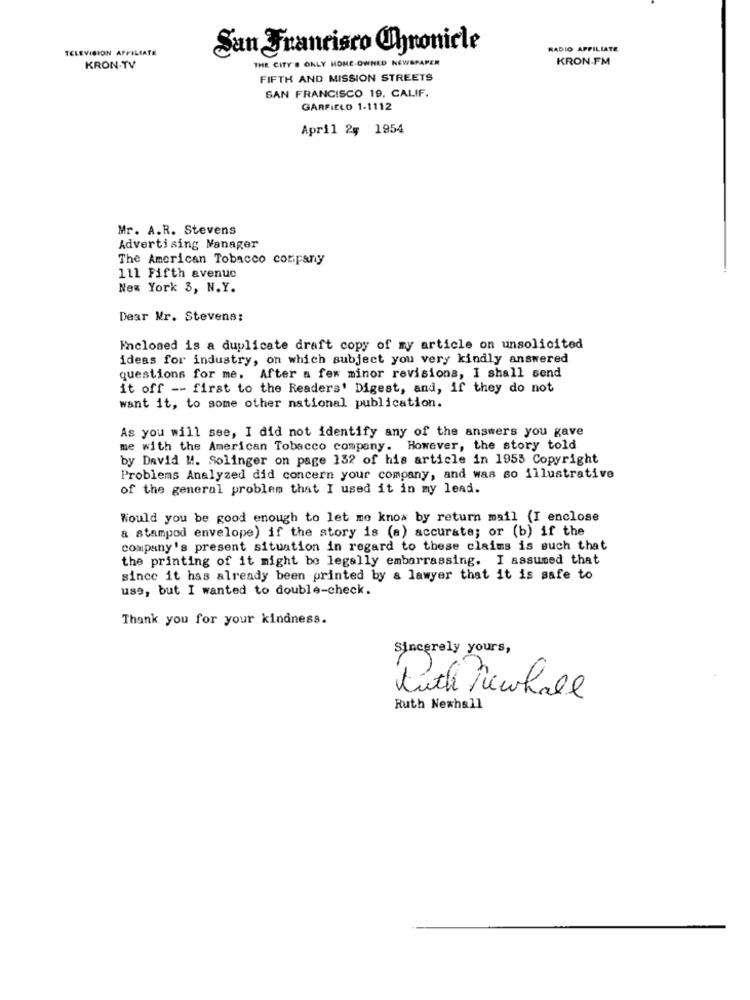
TELEVISION AFFILIATE
San Francisco Chronicle
RADIO AFFILIATE
THE CITY . ONLY HOME-OWNED NEWSPAPER
KRON-FM
KRON-TV
FIFTH AND MISSION STREETS
SAN FRANCISCO 19. CALIF.
GARFIELD 1-1112
April 2ş 1954
Mr. A.R. Stevens
Advertising Manager
The American Tobacco company
111 Fifth avenue
New York 3, N.Y.
Dear Mr. Stevens:
Enclosed is a duplicate draft copy of my article on unsolicited
ideas for industry, on which subject you very kindly answered
questions for me. After a few minor revisions, I shall send
it off -- first to the Readers' Digest, and, if they do not
want it, to some other national publication.
As you will see, I did not identify any of the answers you gave
me with the American Tobacco company. However, the story told
by David M. Solinger on page 132 of his article in 1955 Copyright
Problems Analyzed did concern your company, and was so illustrative
of the general problem that I used it in my lead.
Would you be good enough to let me know by return mail (I enclose
a stampod envelope) if the story is (a) accurate; or (b) if the
company's present situation in regard to these claims is such that
the printing of it might be legally embarrassing. I assumed that
since it has already been printed by & lawyer that it is safe to
use, but I wanted to double-check.
Thank you for your kindness.
Sincerely yours,
Ruth Newhall
Ruth Newhall